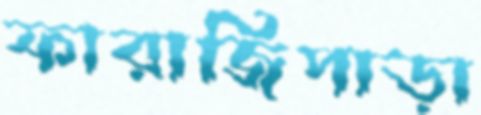
ফারাজিপাড়া